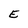
Character: E